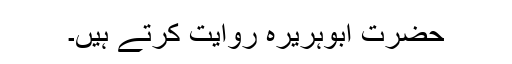
حضرت ابوہریرہؓ روایت کرتے ہیں۔